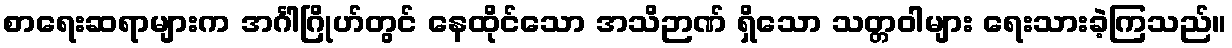
စာရေးဆရာများက အင်္ဂါဂြိုဟ်တွင် နေထိုင်သော အသိဉာဏ် ရှိသော သတ္တဝါများ ရေးသားခဲ့ကြသည်။